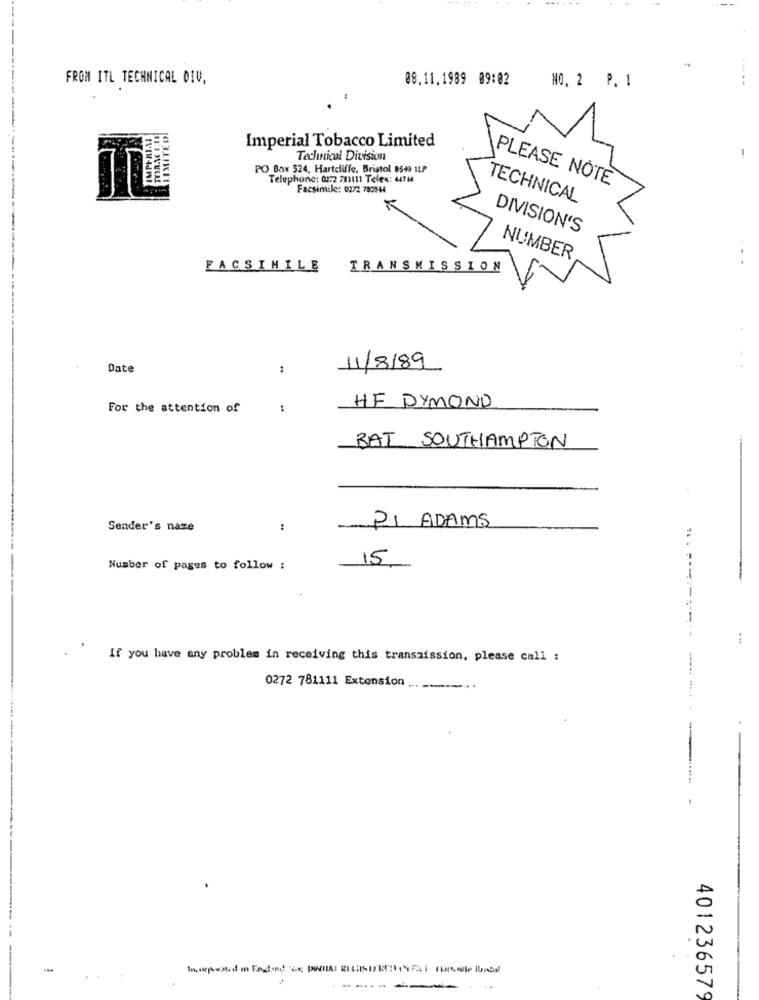
FROM ITL TECHNICAL OIV,
08.11.1989 09:02
NO. 2 P. 1
Imperial Tobacco Limited
ma.
Technical Division
PO Box 524, Hartcliffe, Bristol 8599 ILP
Telephone: 0172 713111 Telex: 471
PLEASE NOTE
Facsimile: 0272 790244
TECHNICAL
DIVISION'S
NUMBER
FACSIMILE TRANSMISSION
Date
:
11/8/89
For the attention of
:
HF DYMOND
BAT SOUTHAMPTON
Sender's naze
PI ADAMS
15
Number of pages to follow ;
If you have any problem in receiving this transmission, please call :
0272 781111 Extension ... ........
401236579